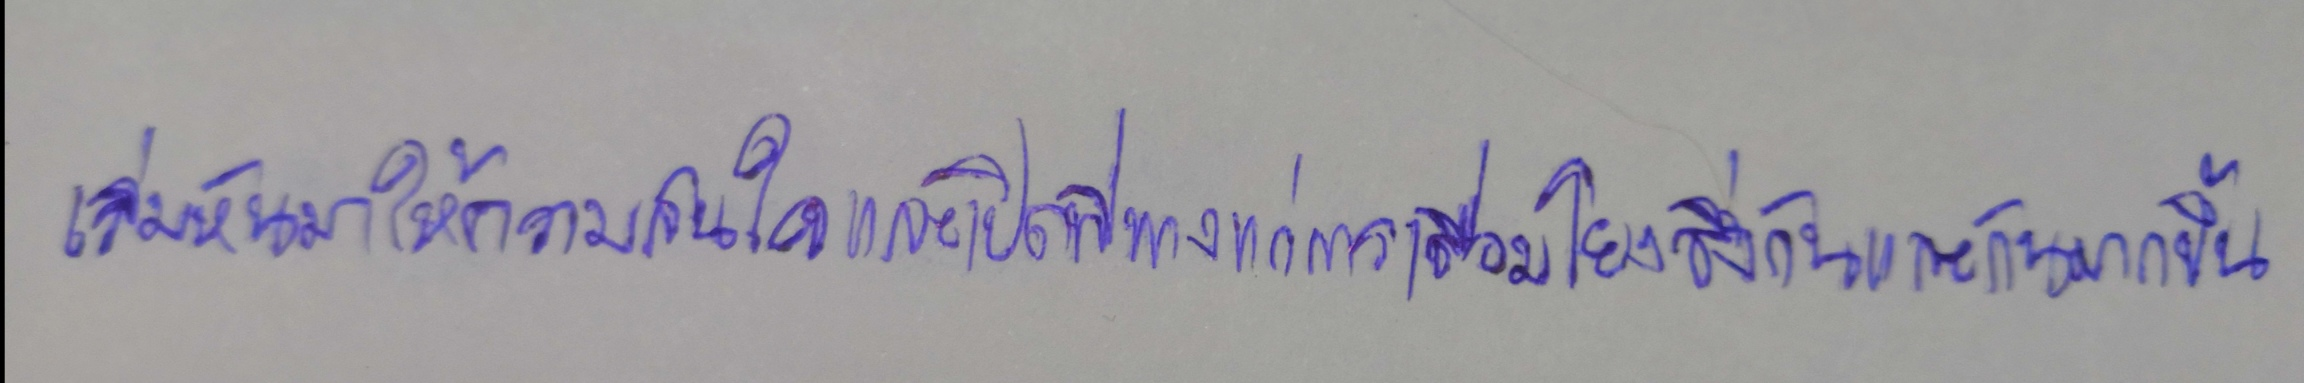
เริ่มหันมาให้ความสนใจและเปิดที่ทางแก่การเชื่อมโยงซึ่งกันและกันมากขึ้น